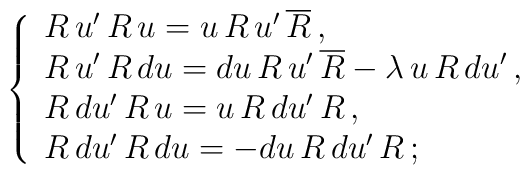
\;\;\;\;\;  \left\{\begin{array}{l} R\,u'\,R\,u=u\,R\,u'\,\overline{R}\,, \\ R\,u'\,R\,du=du\,R\,u'\,\overline{R}-\lambda\,u\,R\,du'\,, \\ R\,du'\,R\,u=u\,R\,du'\,R\,,  \\ R\,du'\,R\,du=-du\,R\,du'\,R\,;\end{array}\right.